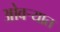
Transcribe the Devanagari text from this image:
ओवर्‍यात